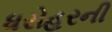
ધરોહરની